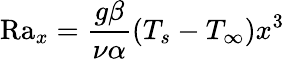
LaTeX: \mathrm{Ra}_{x}={\frac{g\beta}{\nu\alpha}}(T_{s}-T_{\infty})x^{3}